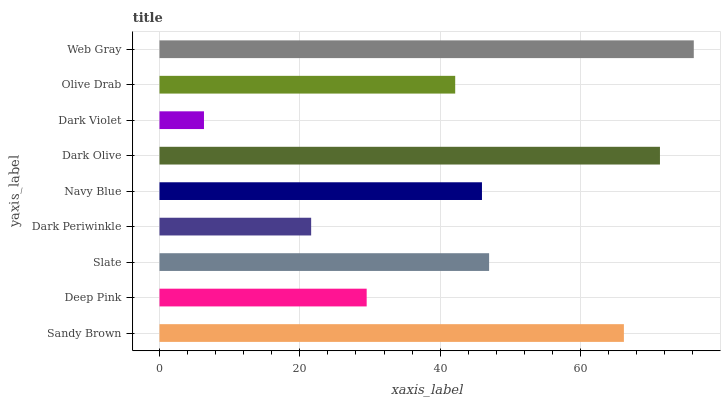
| yaxis_label | bars |
 | --- | --- |
 | Sandy Brown | 66.2 |
 | Deep Pink | 29.5 |
 | Slate | 47 |
 | Dark Periwinkle | 21.6 |
 | Navy Blue | 46 |
 | Dark Olive | 71.3 |
 | Dark Violet | 6.34 |
 | Olive Drab | 42.1 |
 | Web Gray | 76.2 |